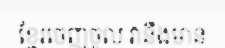
ខ្មែរចេញចូល វានឹងមាន